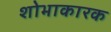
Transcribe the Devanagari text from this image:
शोभाकारक